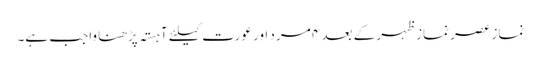
نماز عصر نماز ظہر کے بعد ۴ مرد اور عورت کیلئے آہستہ پڑھنا واجب ہے۔